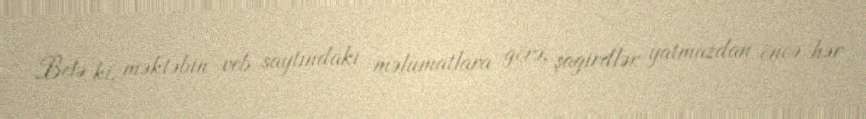
Belə ki, məktəbin veb saytındakı məlumatlara görə, şagirdlər yatmazdan öncə hər